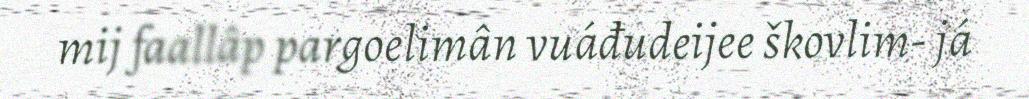
mij faallâp pargoelimân vuáđudeijee škovlim- já